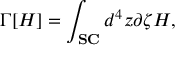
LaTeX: \Gamma [ H ] = \int _ { \bf S C } d ^ { 4 } z \partial \zeta H ,